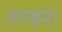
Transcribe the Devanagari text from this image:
तावरे।